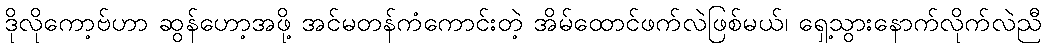
ဒိုလိုကော့ဗ်ဟာ ဆွန်ဟော့အဖို့ အင်မတန်ကံကောင်းတဲ့ အိမ်ထောင်ဖက်လဲဖြစ်မယ်၊ ရှေ့သွားနောက်လိုက်လဲညီ